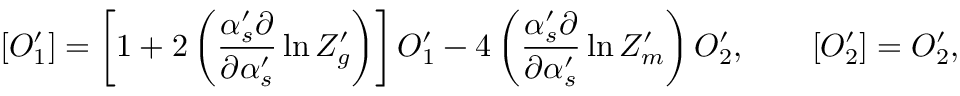
\left[ { \cal O } _ { 1 } ^ { \prime } \right] = \left[ 1 + 2 \left( \frac { \alpha _ { s } ^ { \prime } \partial } { \partial \alpha _ { s } ^ { \prime } } \ln Z _ { g } ^ { \prime } \right) \right] { \cal O } _ { 1 } ^ { \prime } - 4 \left( \frac { \alpha _ { s } ^ { \prime } \partial } { \partial \alpha _ { s } ^ { \prime } } \ln Z _ { m } ^ { \prime } \right) { \cal O } _ { 2 } ^ { \prime } , \qquad \left[ { \cal O } _ { 2 } ^ { \prime } \right] = { \cal O } _ { 2 } ^ { \prime } ,